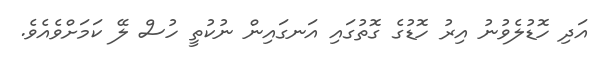
އަދި ހޮޑުލެވުނު އިރު ހޮޑުގެ ގޮތުގައި އަނގައިން ނުކުތީ ހުސް ލޭ ކަމަށްވެއެވެ.